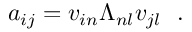
a _ { i j } = v _ { i n } \Lambda _ { n l } v _ { j l } \ \mathrm { ~ . ~ }